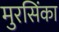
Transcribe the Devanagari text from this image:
मुरसिंका